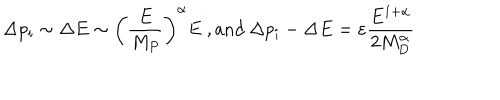
\Delta p _ { i } \sim \Delta E \sim \left( \frac { E } { M _ { P } } \right) ^ { \alpha } E ~ , \mathrm { a n d } ~ \Delta p _ { i } - \Delta E = \varepsilon \frac { E ^ { 1 + \alpha } } { 2 M _ { D } ^ { \alpha } }